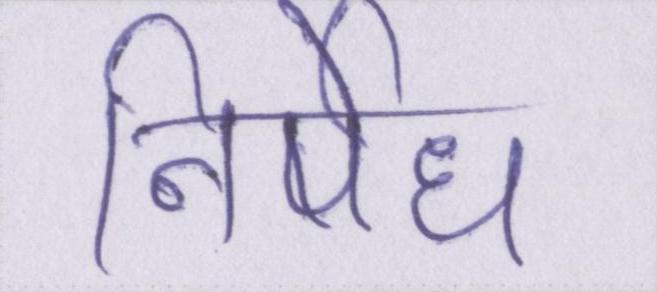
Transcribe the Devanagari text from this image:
निषेध